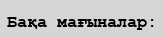
Бақа мағыналар: